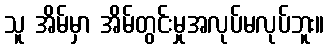
သူ အိမ်မှာ အိမ်တွင်းမှုအလုပ်မလုပ်ဘူး။